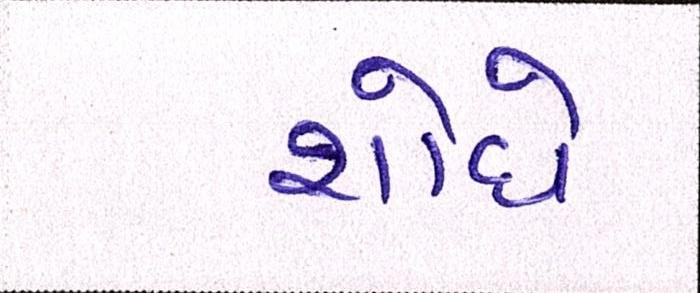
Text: શોધે